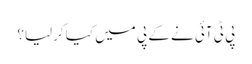
پی ٹی آئی نے کے پی میں کیا کرلیا؟